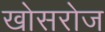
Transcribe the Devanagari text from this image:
खोसरोज